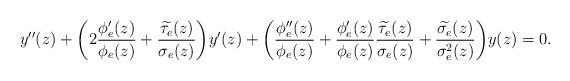
LaTeX: \begin{align*}y''(z)+\bigg(2\frac{\phi'_{e}(z)}{\phi_{e}(z)}+\frac{\widetilde{\tau_{e}}(z)}{\sigma_{e}(z)}\bigg)y'(z)+\bigg(\frac{\phi''_{e}(z)}{\phi_{e}(z)}+\frac{\phi'_{e}(z)}{\phi_{e}(z)}\frac{\widetilde{\tau_{e}}(z)}{\sigma_{e}(z)}+\frac{\widetilde{\sigma_{e}}(z)}{\sigma_{e}^{2}(z)}\bigg)y(z)=0.\end{align*}